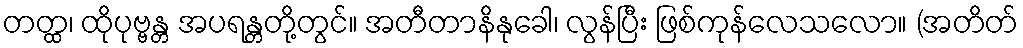
တတ္ထ၊ ထိုပုဗ္ဗန္တ အပရန္တတို့တွင်။ အတီတာနိနုခေါ၊ လွန်ပြီး ဖြစ်ကုန်လေသလော။ (အတိတ်